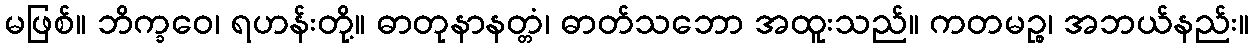
မဖြစ်။ ဘိက္ခဝေ၊ ရဟန်းတို့။ ဓာတုနာနတ္တံ၊ ဓာတ်သဘော အထူးသည်။ ကတမဉ္စ၊ အဘယ်နည်း။